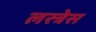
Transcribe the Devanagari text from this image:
लस्त्रेस